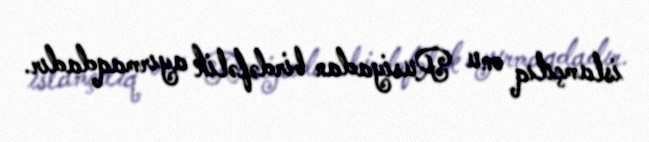
islamçılıq onu Rusiyadan birdəfəlik ayırmaqdadır.